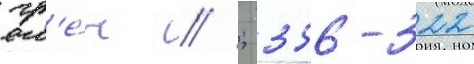
гр'е́ч // ; 356-322